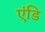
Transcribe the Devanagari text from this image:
एंडि